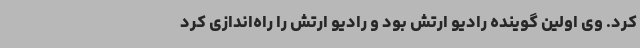
کرد. وی اولین گوینده رادیو ارتش بود و رادیو ارتش را راه‌اندازی کرد